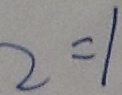
2 = 1